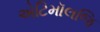
એટિમૉલજિ